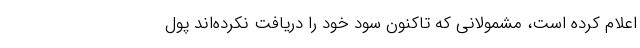
اعلام کرده است، مشمولانی که تاکنون سود خود را دریافت نکرده‌اند پول